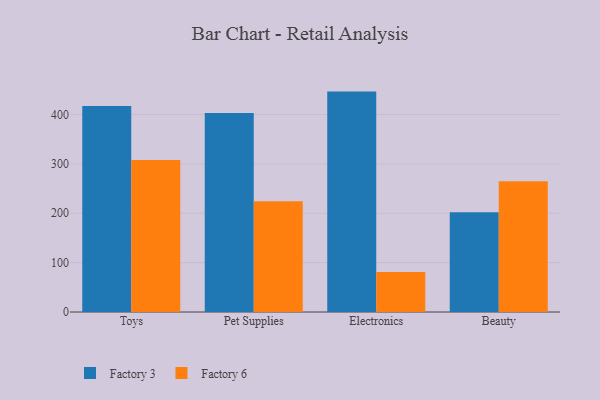
{"axis": {"x": "Category", "y": "Tickets Resolved"}, "legend": ["Factory 3", "Factory 6"], "data": [{"x": "Toys", "y": 417.2, "type": "Factory 3"}, {"x": "Toys", "y": 308.1, "type": "Factory 6"}, {"x": "Pet Supplies", "y": 403.1, "type": "Factory 3"}, {"x": "Pet Supplies", "y": 224.6, "type": "Factory 6"}, {"x": "Electronics", "y": 446.5, "type": "Factory 3"}, {"x": "Electronics", "y": 81.0, "type": "Factory 6"}, {"x": "Beauty", "y": 202.0, "type": "Factory 3"}, {"x": "Beauty", "y": 264.7, "type": "Factory 6"}]}